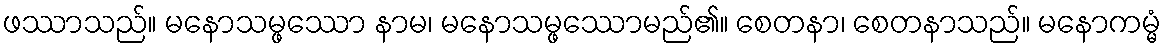
ဖဿာသည်။ မနောသမ္ဖဿော နာမ၊ မနောသမ္ဖဿောမည်၏။ စေတနာ၊ စေတနာသည်။ မနောကမ္မံ